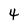
Character: 4